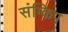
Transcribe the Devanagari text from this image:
संग्किप